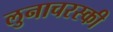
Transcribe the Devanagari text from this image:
लुनाचरस्की